Civil Veterinary Dept. North-West Frontier Province 1923-32 - 1923-1932
Year: 1923
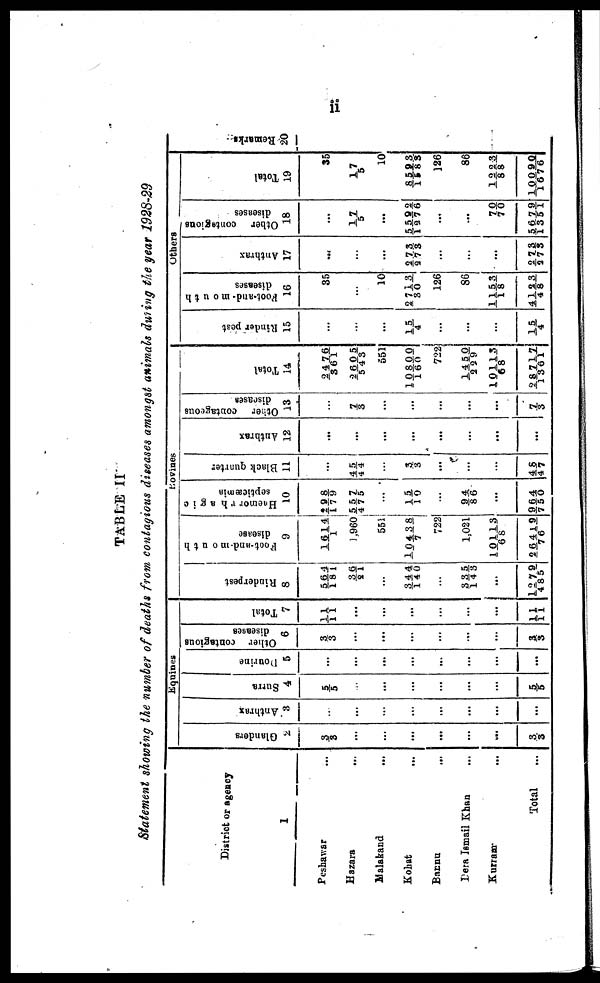
ii
TABLE II
Statement showing the number of deaths from contagious diseases amongst animals during the year 1928-29
District or agency
1
Peshawar …
Hazara ...
Malakand ...
Kohat …
Bannu
…
Dera Ismail Khan …
Kurram …
Total …
Equines
Glanders
2
3/3
…
…
…
...
…
...
3/3
Anthrax
3
…
…
...
…
...
…
...
…
Surra
4
5/5
…
...
…
...
…
...
5/5
Dourine
5
…
…
...
…
…
…
...
…
Other contagious
diseases
6
3/3
…
...
…
...
…
...
3/3
Total
7
11/11
…
...
…
...
…
...
11/11
Bovines
Rinderpest
8
564/181
36/21
...
344/140
…
335/143
...
1279/485
Foot-and mouth
disease
9
1614/1
1,960
551
10438/7
722
1,021
10113/68
26419/76
Hæmorrhagic
septicæmia
10
298/179
557/475
…
15/ 19
...
94/86
...
964/750
Black quarter
11
…
45/44
…
3/ 3
...
…
...
48/47
Anthrax
12
…
…
...
…
...
…
...
…
Other contageous
diseases
13
…
7/3
...
…
…
…
...
7/3
Total
14
2476/361
2605/543
551
10800/160
722
1450/229
10113/68
28717/1361
Others
Rinder pest
15
…
…
...
15/ 4
...
…
...
15/ 4
Foot-and- mouth
diseases
16
35
…
10
2713/ 30
126
86
1153/18
4123/48
Anthrax
17
…
…
...
273/273
...
…
...
273/273
Other contagious
diseases
18
…
17/5
...
5592/1276
...
…
70/70
5679/1351
Total
19
35
17/5
10
8593/1583
126
86
1223/88
10090/1676
Remarks
20